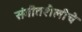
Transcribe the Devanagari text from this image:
संगीतशैलीचे